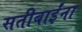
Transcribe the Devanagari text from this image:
सतीबाईंना